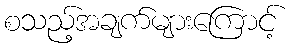
စသည့်အချက်များကြောင့်